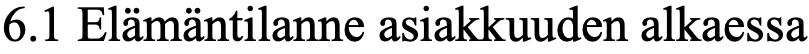
6.1 Elämäntilanne asiakkuuden alkaessa